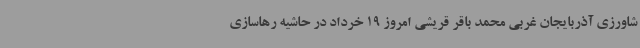
شاورزی آذربایجان غربی محمد باقر قریشی امروز 19 خرداد در حاشیه رهاسازی